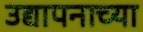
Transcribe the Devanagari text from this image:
उद्यापनाच्या